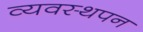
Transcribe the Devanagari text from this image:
व्यवस्थपन